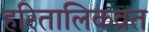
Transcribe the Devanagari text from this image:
हरितालिकव्रत